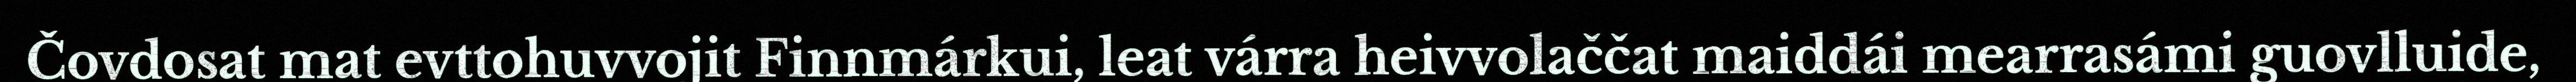
Čovdosat mat evttohuvvojit Finnmárkui, leat várra heivvolaččat maiddái mearrasámi guovlluide,